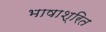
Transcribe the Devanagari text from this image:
भाषाश्रित